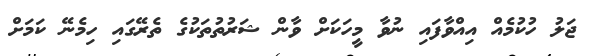
ޖަލު ހުކުމެއް އިއްވާފައި ނުވާ މީހަކަށް ވާން ޝަރުތުތަކުގެ ތެރޭގައި ހިމެނޭ ކަމަށް